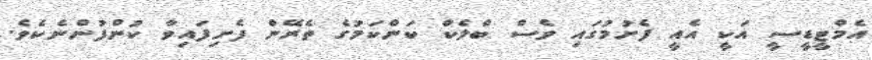
އެމްޓީޑީސީ އަކީ އެއީ ފެށުމުގައި ވެސް ބްލެކް ކަންކަމުގެ ތެރޭން ފެށިފައިވާ ކުންފުންނެކެވެ.